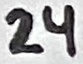
Text: 24